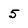
Character: 5